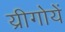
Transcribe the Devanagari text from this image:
य्रीगोयें